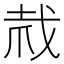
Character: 𢦼